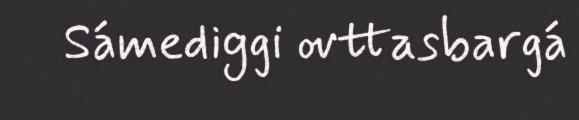
Sámediggi ovttasbargá